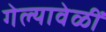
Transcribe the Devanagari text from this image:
गेल्यावेळीं